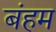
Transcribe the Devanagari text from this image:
बंहम